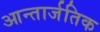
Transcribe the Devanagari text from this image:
आन्तार्जतिक